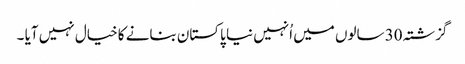
گزشتہ 30 سالوں میں اُنہیں نیا پاکستان بنانے کا خیال نہیں آیا ۔